Report on vaccination in Madras 1877-1894 - 1877-1894
Year: 1877
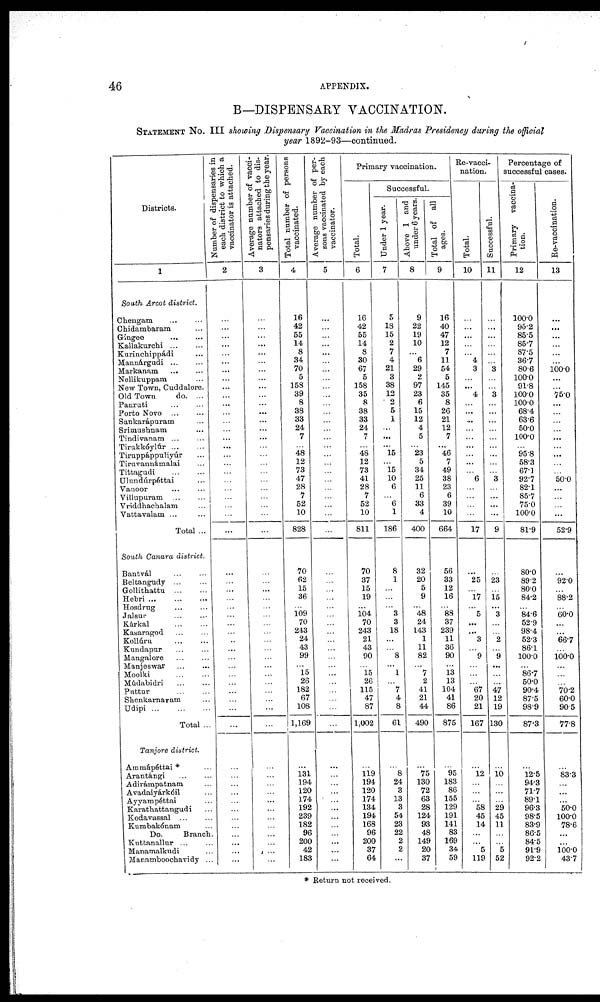
46
APPENDIX.
B—DISPENSARY VACCINATION.
STATEMENT No. III showing Dispensary Vaccination in the Madras Presidency during the official
year 1892-93—continued.
Districts.
1
South Arcot district.
Chengam...
...
Chidambaram ...
Gingee...
...
Kallakurchi... ...
Kurinchippádi...
Mannárgudi... ...
Markanam... ...
Nellikuppam...
New Town, Cuddalore.
Old Town
do. ...
Panruti...
...
Porto
Novo...
...
Sankarápuram... ...
Srimushnam...
Tindivanam... ...
Tirukkòylúr...
...
Tiruppáppuliyúr...
Tiruvannámalai...
Tittagudi...
...
Ulundúrpéttai...
Vanoor... ...
Villupuram... ...
Vriddhachalam...
Vattavalam... ...
Total ...
South Canara district.
Bantvál... ...
Beltangudy... ...
Gollithattu...
...
Hebri...
...
...
Hosdrug... ...
Jalsur... ...
Kárkal...
...
Kasaragod... ...
Kollúru...
...
Kundapur... ...
Mangalore... ...
Manjeswar... ...
Moolki... ...
Múdabidri... ...
Puttur...
...
Shenkarnaram...
Udipi...
...
...
Total ...
Tanjore district.
Aramápéttai *...
Arantángi... ...
Adirámpatnam...
Avadaiyárkóil...
Ayyampéttai...
Karathattangudi...
Kodavassal... ...
Kumbakónam
Do.
Branch.
Kuttanallur... ...
Manamalkudi...
Manamboochavidy ...
Number of dispensaries in
each district to which a
vaccinator is attached.
2
...
...
...
...
...
...
...
...
...
...
...
...
...
...
...
...
...
...
...
...
...
...
...
...
...
...
...
...
...
...
...
...
...
...
...
...
...
...
...
...
...
...
...
...
...
...
...
...
...
...
...
...
...
...
...
Average number of vacci¬
nators attached to dis-
pensaries during the year.
3
...
...
...
...
...
...
...
...
...
...
...
...
...
...
...
...
...
...
...
...
...
...
...
...
...
...
...
...
...
...
...
...
...
...
...
...
...
...
...
...
...
...
...
...
...
...
...
...
...
...
...
...
...
...
...
Total number of persons
vaccinated.
4
16
42
55
14
8
34
70
5
158
39
8
38
33
24
7
...
48
12
73
47
28
7
52
10
828
70
62
15
36
... 109 70
243
24
43
99
... 15
26
182
67
108
1,169
...
131
194
120
174
192
239
182
96
200
42
183
Average number of per¬
sons vaccinated by each
vaccinator.
5
...
...
...
...
...
...
...
...
...
...
...
...
...
...
...
...
...
...
...
...
...
...
...
...
...
...
...
...
...
...
...
...
...
...
...
...
...
...
...
...
...
...
...
...
...
...
...
...
...
...
...
...
...
...
...
Primary vaccination.
Total.
6
16
42
55
14
8
30
67
5
158
35
8
38
33
24
7
...
48
12
73
41
28
7
52
10
811
70
37
15
19
... 104 70
243
21
43
90
... 15
26
115
47
87
1,002
...
119
194
120
174
134
194
168
96
200
37
64
Successful.
Under 1 year.
7
5
18
15
2
7
4
21
3
38
12
2
5
1
...
...
...
15
... 15
10
6
...
6
1
186
8
1
...
...
...
3 3
18
...
...
8
... 1
...
7
4
8
61
...
8
24
3
13
3
54
23
22
2
2
...
Above 1 and
under 6 years.
8
9
22
19
10
...
6
29
2
97
23
6
15
12
4
5
...
23
5
34
25
11
6
33
4
400
32
20
5
9
...
48 24
143
1
11
82
...
7
2
41
21
44
490
...
75
130
72
63
28
124
93
48
149
20
37
Total of all
ages.
9
16
40
47
12
7
11
54
5
145
35
8
26
21
12
7
...
46
7
49
38
23
6
39
10
664
56
33
12
16
...
88
37
239
11
36
90
... 13
13
104
41
86
875
...
95
183
86
155
129
191
141
83
169
34
59
Re-vacci-
nation.
Total.
10
...
...
...
...
...
4
3
...
...
4
...
...
...
...
...
...
...
...
...
6
...
...
...
...
17
...
25
...
17
...
5
...
...
3
...
9
...
...
...
67
20
21
167
...
12
...
...
...
58
45
14
...
...
5
119
Successful.
11
...
...
...
...
...
...
3
...
...
3
...
...
...
...
...
...
...
...
...
3
...
...
...
...
9
...
23
...
15
... 3
...
...
2
...
9
...
...
...
47
12
19
130
...
10
...
...
...
29
45
11
...
...
5
52
Percentage of
successful cases.
Primary vaccina-
tion.
12
100.0
95.2
85.5
85.7
87.5
36.7
80.6
100.0
91.8
100.0
100.0
68.4
63.6
50.0
100.0
...
95.8
58.3
67.1
92.7
82.1
85.7
75.0
100.0
81.9
80.0
89.2
80.0
84.2
... 84.6 52.9
98.4
52.3
86.1
100.0
... 86.7
50.0
90.4
87.5
98.9
87.3
...
12.5
94.3
71.7
89.1
96.8
98.5
83.9
86.5
84.5
91.9
92.2
Re-vaccination.
13
...
...
...
...
...
...
100.0
...
...
75.0
...
...
...
...
...
...
...
...
...
50.0
...
...
...
...
52.9
...
92.0
...
88.2
... 60.0
...
...
66.7
...
100.0
...
...
...
70.2
60.0
90.5
77.8
...
83.3
...
...
...
50.0
100.0
78.6
...
...
100.0
43.7
* Return not received.